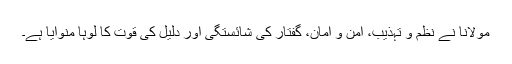
مولانا نے نظم و تہذیب، امن و امان، گفتار کی شائستگی اور دلیل کی قوت کا لوہا منوایا ہے۔